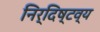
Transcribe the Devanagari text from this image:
निर्दिष्टव्य